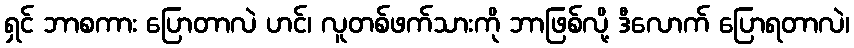
ရှင် ဘာစကား ပြောတာလဲ ဟင်၊ လူတစ်ဖက်သားကို ဘာဖြစ်လို့ ဒီလောက် ပြောရတာလဲ၊